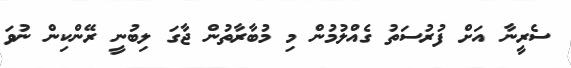
ސެރީނާ އަށް ފުރުސަތު ގެއްލުމުން މި މުބާރާތުން ޖާގަ ލިބުނީ ރޭންކިން ނުވަ